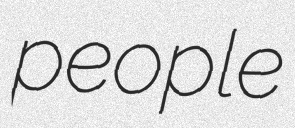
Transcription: people